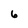
Character: 6